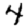
Digit: 4